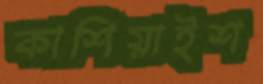
কাশিয়াইশ